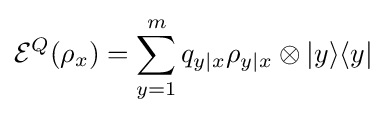
{\mathcal {E}}^{Q}(\rho _{x})=\sum _{y=1}^{m}q_{y|x}\rho _{y|x}\otimes |y\rangle \langle y|